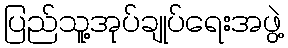
ပြည်သူ့အုပ်ချုပ်ရေးအဖွဲ့